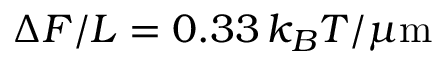
\Delta { \cal F } / L = 0 . 3 3 \, k _ { B } T / \mu \mathrm { m }